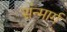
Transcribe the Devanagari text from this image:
संन्मार्ग